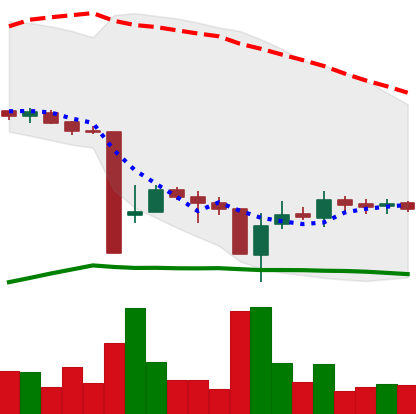
Ticker: BTC-USD
Chart end date: 2015-09-01
Forward return: 5.137%
Label: up_5_7